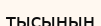
тысының